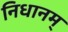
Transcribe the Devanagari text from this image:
निधानम्